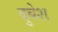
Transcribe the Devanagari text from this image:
दुबेश